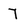
Character: 7